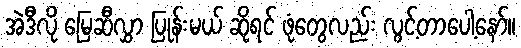
အဲဒီလို မြေဆီလွှာ ပြုန်းမယ် ဆိုရင် ဖုံတွေလည်း လွင့်တာပေါ့နော်။